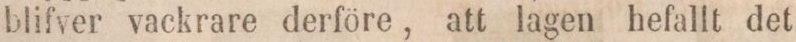
blifver vackrare derföre, att lagen hefallt det